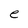
Character: e